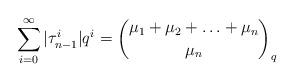
LaTeX: \begin{align*}\displaystyle{\sum_{i=0}^\infty \vert \tau_{n-1}^i \vert q^i = \binom{\mu_1 + \mu_2 + \hdots + \mu_n}{\mu_n}_q}\end{align*}